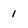
Character: 1